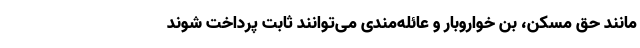
مانند حق مسکن، بن خواروبار و عائله‌مندی می‌توانند ثابت پرداخت شوند